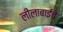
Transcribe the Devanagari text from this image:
लीलाबाईंचे